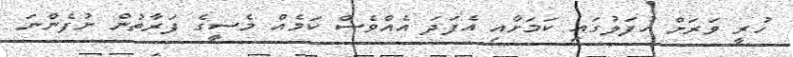
ހުރީ ވަރަށް އުފަލުގައި ކަމަށާއި އެފަދަ އެއްވެސް ކަމެއް މެސީގެ ފަރާތުން ނުފެންނަ